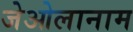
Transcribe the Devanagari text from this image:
जेओलानाम